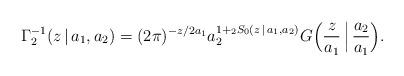
LaTeX: \begin{align*}\Gamma_2^{-1}(z\,|\,a_1,a_2) = (2\pi)^{-z/2a_1}a_2^{1+{}_2 S_0 (z\,|\,a_1, a_2)}G\Bigl(\frac{z}{a_1}\,\Big|\,\frac{a_2}{a_1}\Bigr).\end{align*}